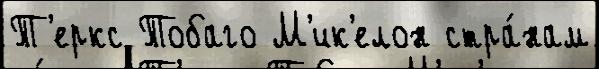
Т'еркс Тобаго М'ик'елон стра́нам